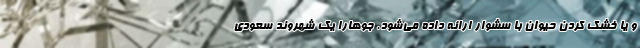
و یا خشک کردن حیوان با سشوار ارائه داده می‌شود. جوهارا یک شهروند سعودی